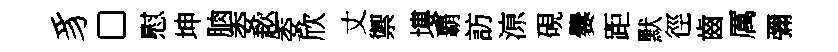
豸□慰坤朒委趑委欣丈禦塿覇訪鿌硯爨距默徑齒厲彌